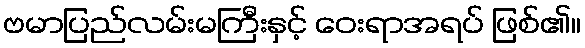
ဗမာပြည်လမ်းမကြီးနှင့် ဝေးရာအရပ် ဖြစ်၏။